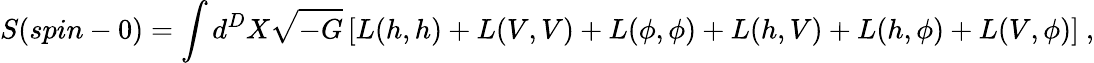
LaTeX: S(spin-0)=\int d^{D}X\sqrt{-G}\left[L(h,h)+L(V,V)+L(\phi,\phi)+L(h,V)+L(h,\phi)+L(V,\phi)\right]~,